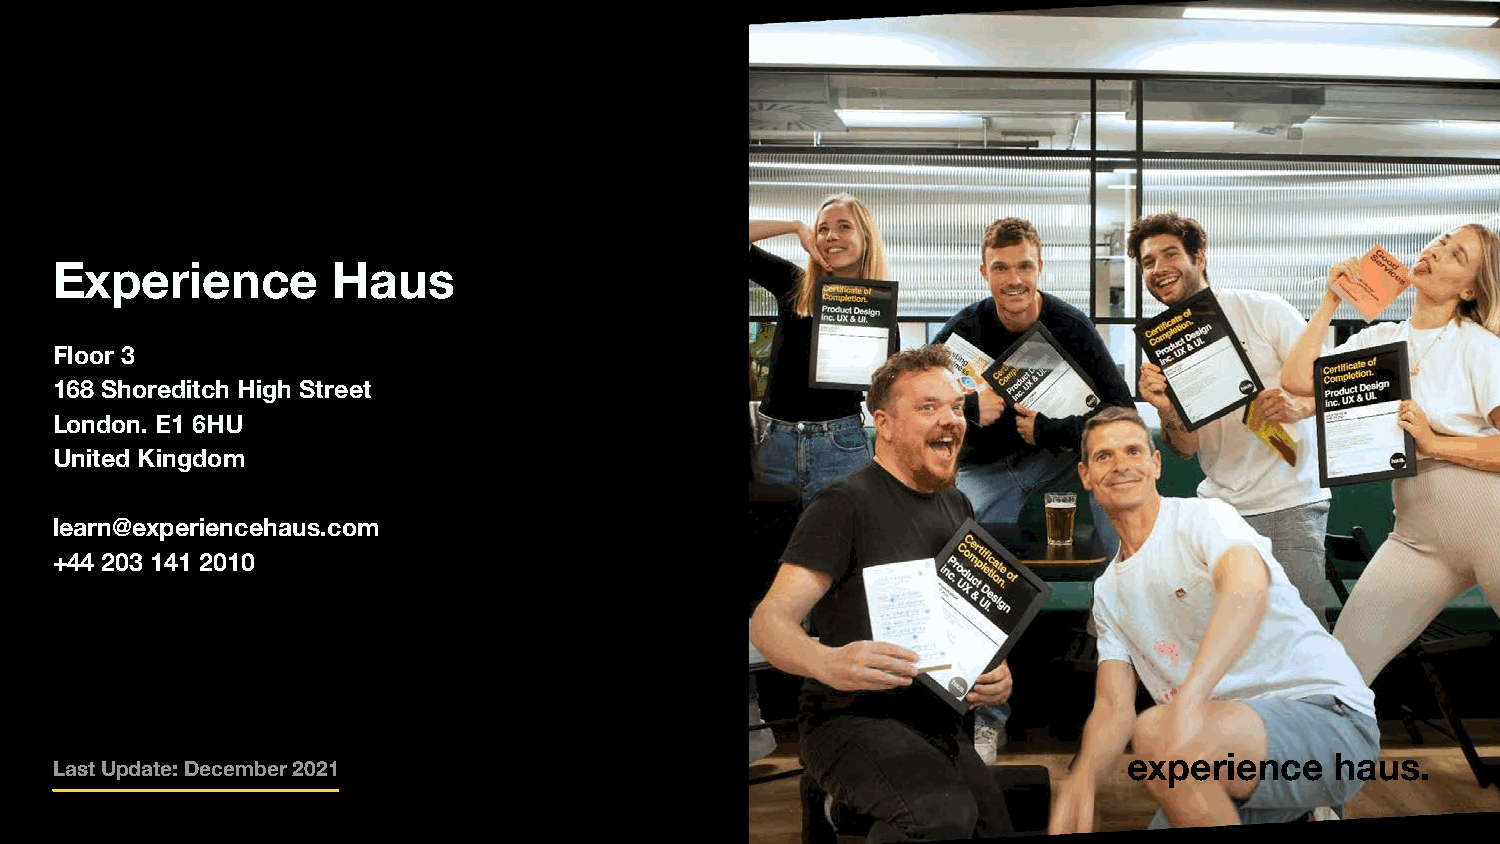
Experience         Haus
 Floor 3
 168 Shoreditch High Street
 London. E1 6HU
 United Kingdom
 learn@experiencehaus.com
 +44 203 141 2010
 eexxppeerriieennccee hhaauuss..
 Last Update: December 2021